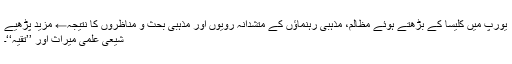
یورپ میں کلیسا کے بڑھتے ہوئے مظالم، مذہبی رہنماؤں کے متشدانہ رویوں اور مذہبی بحث و مناظروں کا نتیجہ← مزید پڑھیے
شیعی علمی میراث اور ’’تقیہ‘‘۔